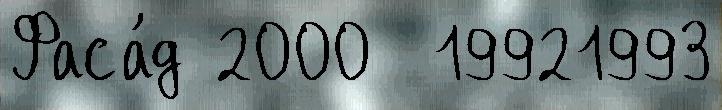
Фаса́д 2000  19921993